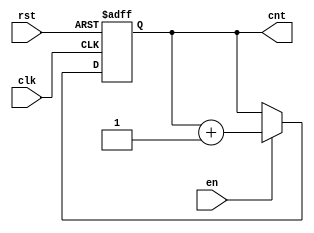
module incremental_counter (
    input wire clk,     // clock input
    input wire en,      // enable input
    input wire rst,     // reset input
    output reg [7:0] cnt // 8-bit counter output
);

    // Initial value of the counter
    initial begin
        cnt = 8'b00000000; // Set initial value to zero
    end

    // Sequential logic for the counter
    always @(posedge clk or posedge rst) begin
        if (rst) begin
            cnt <= 8'b00000000; // Reset the counter to zero
        end else if (en) begin
            cnt <= cnt + 1; // Increment the counter
        end
    end

endmodule